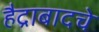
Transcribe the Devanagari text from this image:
हैद्राबादचे